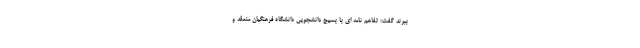
ببرند گفت: تفاهم نامه ای با بسیج دانشجویی دانشگاه فرهنگیان منعقد و